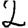
Digit: 2